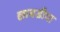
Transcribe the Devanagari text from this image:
छाबडीया